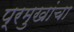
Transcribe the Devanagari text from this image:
प्रमुखांचा